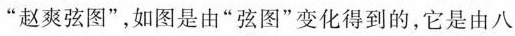
”赵爽弦图”，如图是由”弦图”变化得到的，它是由八